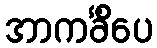
အာကင်္ခိံပေ